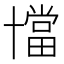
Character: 𠧁